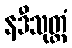
နဒီသုတ္တံ